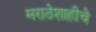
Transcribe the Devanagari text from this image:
मराठेशाहीचे